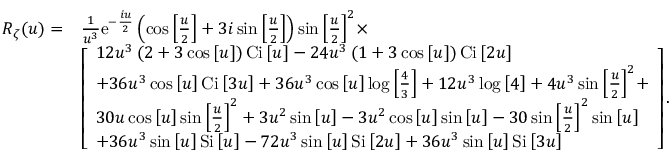
\begin{array} { r l } { { R _ { \zeta } } ( u ) = } & { \frac { 1 } { { { u ^ { 3 } } } } { \mathrm { { e } } ^ { - \frac { { i u } } { 2 } } } \left( { \cos \left[ { \frac { u } { 2 } } \right] + 3 i \sin \left[ { \frac { u } { 2 } } \right] } \right) \sin { \left[ { \frac { u } { 2 } } \right] ^ { 2 } } \times } \\ & { \left[ \begin{array} { l } { 1 2 { u ^ { 3 } } \left( { 2 + 3 \cos \left[ u \right] } \right) { \mathrm { C i } } \left[ u \right] - 2 4 { u ^ { 3 } } \left( { 1 + 3 \cos \left[ u \right] } \right) \mathrm { { C i } } \left[ { 2 u } \right] } \\ { + 3 6 { u ^ { 3 } } \cos \left[ u \right] { \mathrm { C i } } \left[ { 3 u } \right] + 3 6 { u ^ { 3 } } \cos \left[ u \right] \log \left[ { \frac { 4 } { 3 } } \right] + 1 2 { u ^ { 3 } } \log \left[ 4 \right] + 4 { u ^ { 3 } } \sin { \left[ { \frac { u } { 2 } } \right] ^ { 2 } } + } \\ { 3 0 u \cos \left[ u \right] \sin { \left[ { \frac { u } { 2 } } \right] ^ { 2 } } + 3 { u ^ { 2 } } \sin \left[ u \right] - 3 { u ^ { 2 } } \cos \left[ u \right] \sin \left[ u \right] - 3 0 \sin { \left[ { \frac { u } { 2 } } \right] ^ { 2 } } \sin \left[ u \right] } \\ { + 3 6 { u ^ { 3 } } \sin \left[ u \right] \mathrm { { S i } } \left[ u \right] - 7 2 { u ^ { 3 } } \sin \left[ u \right] { \mathrm { S i } } \left[ { 2 u } \right] + 3 6 { u ^ { 3 } } \sin \left[ u \right] \mathrm { { S i } } \left[ { 3 u } \right] } \end{array} \right] . } \end{array}